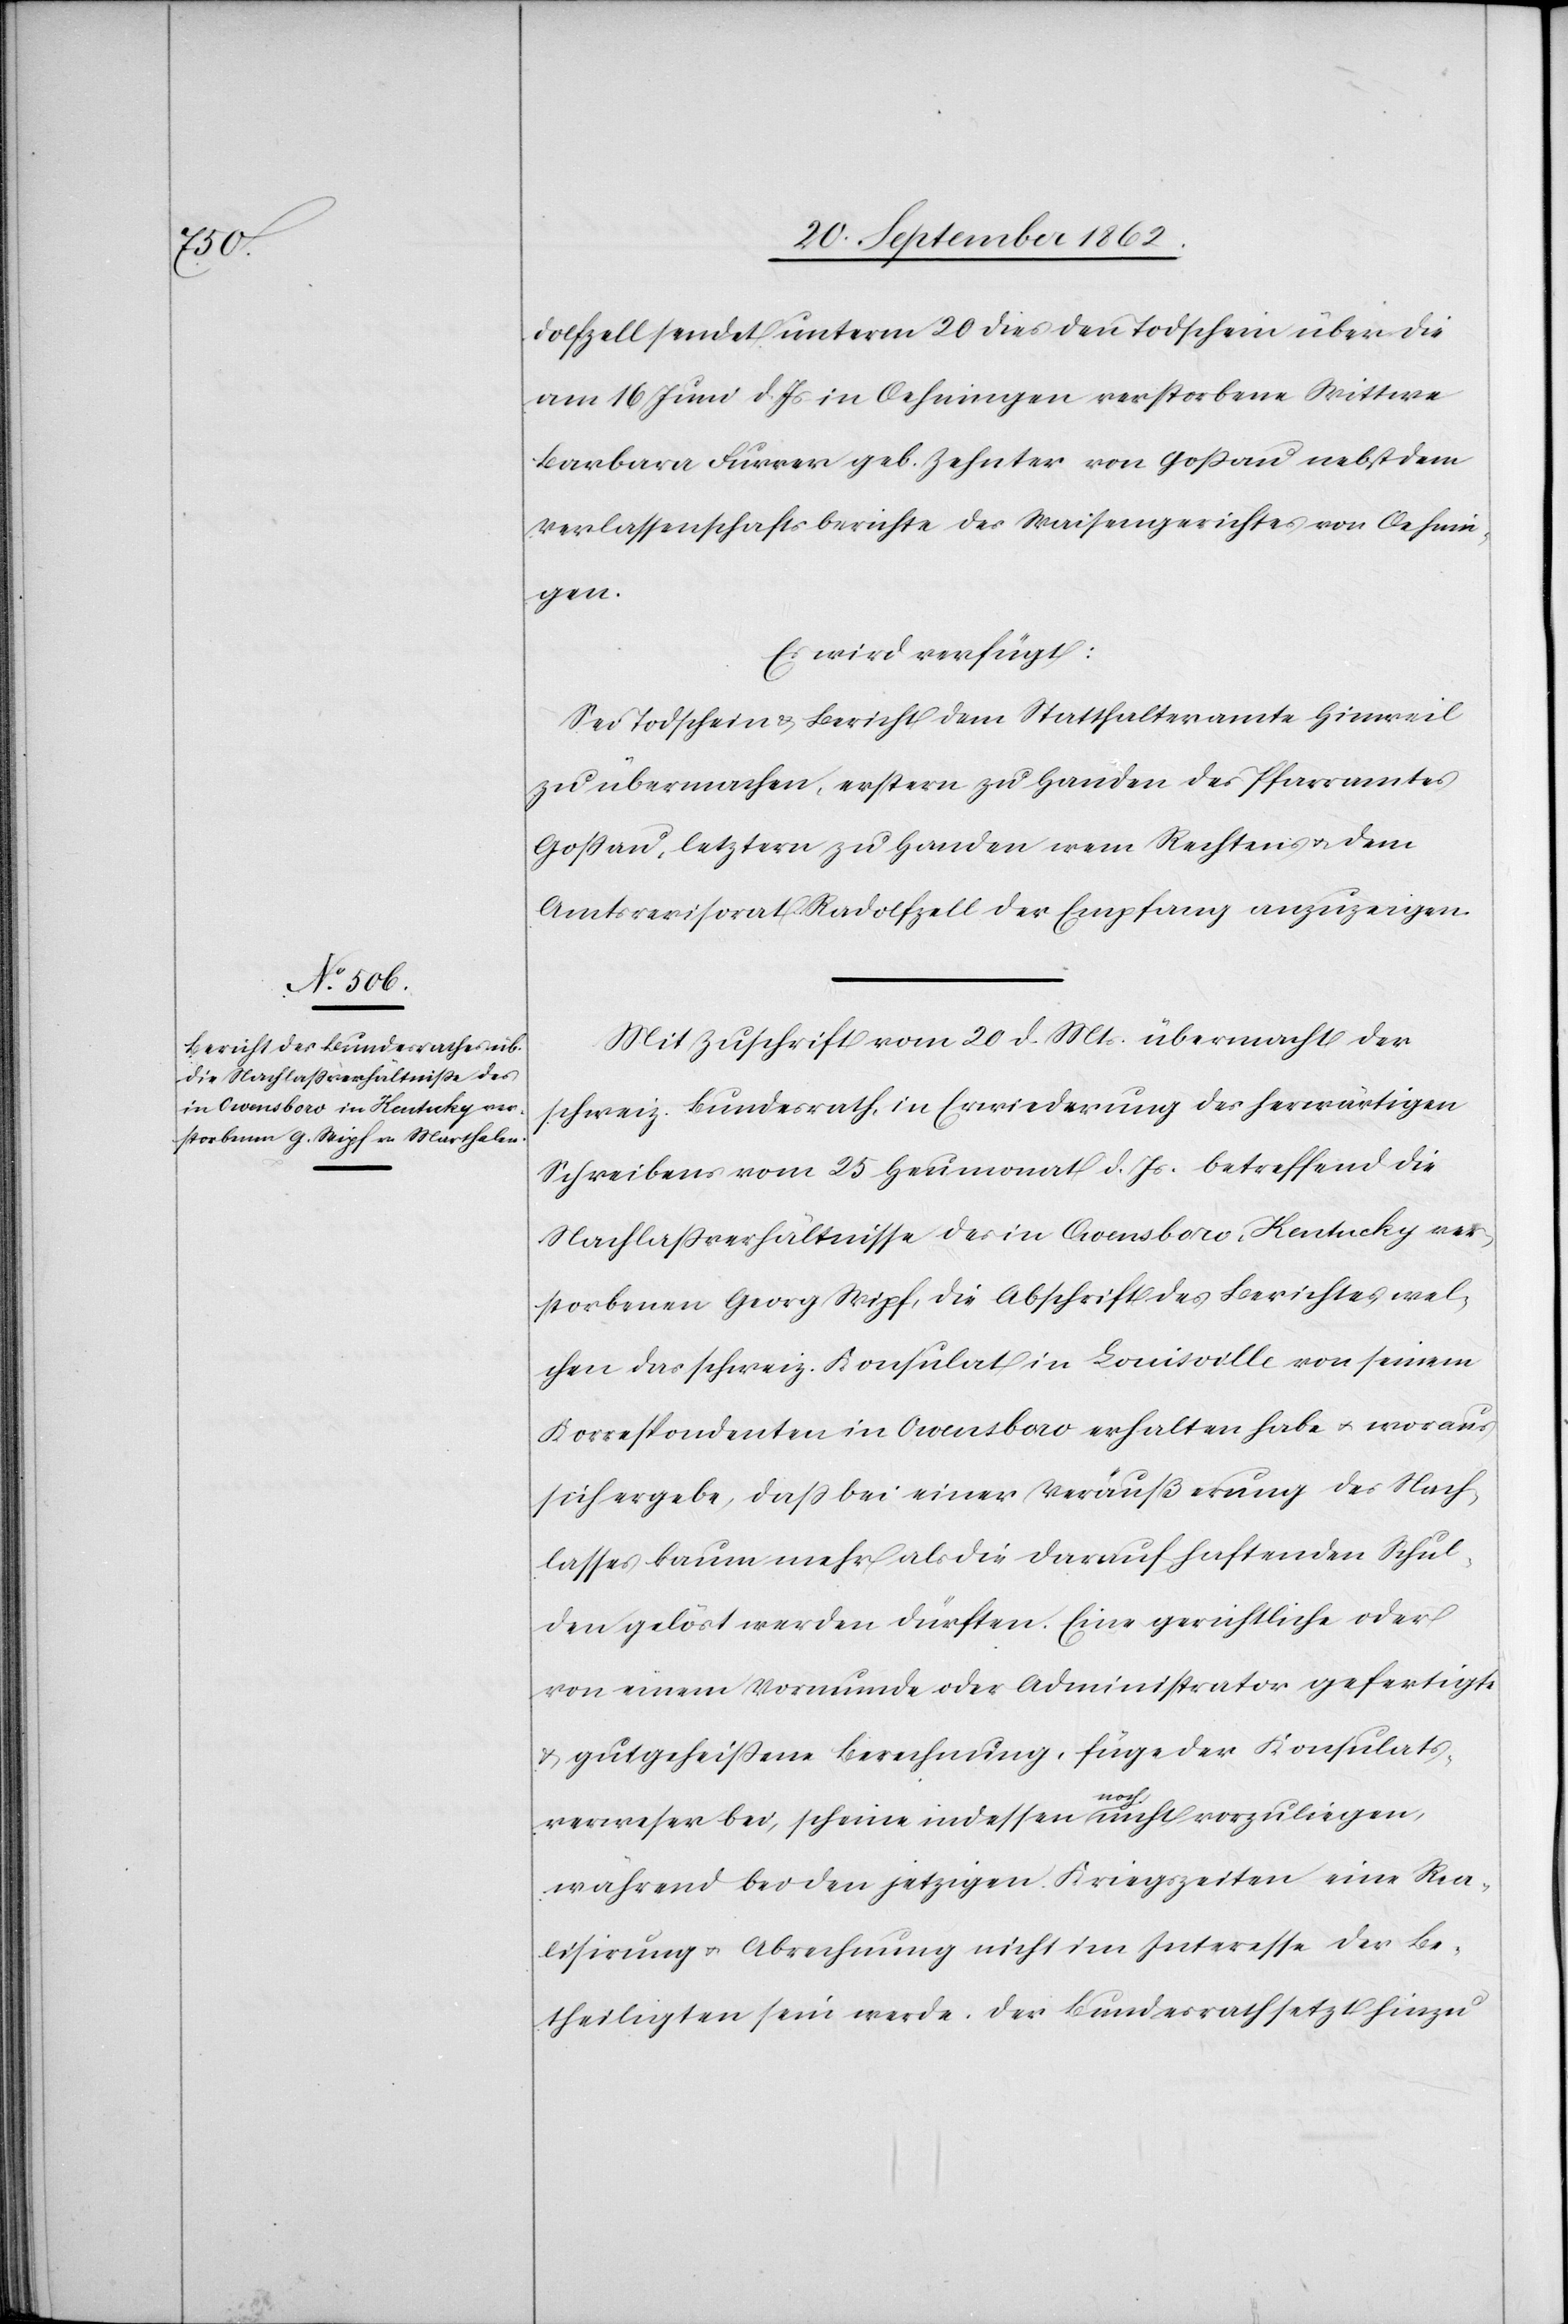
23. September 1862.]
dolfzell sendet unterm 20. dies den Todschein über die
am 16. Juni d. Js. in Oehningen verstorbene Wittwe
Barbara Furrer geb. Zehnter von Goßau nebst dem
Verlassenschaftsberichte des Waisengerichtes von Oehnin¬
gen.
Es wird verfügt:
Sei Todschein u. Bericht dem Statthalteramte Hinweil
zu übermachen, erstern zu Handen des Pfarramtes
Goßau, letztern zu Handen wem Rechtens u. dem
Amtsrevisorat Radolfzell der Empfang anzuzeigen.
Mit Zuschrift vom 20. d. Mts. übermacht der
schweiz. Bundesrath, in Erwiederung des herwärtigen
Schreibens vom 25. Heumonat d. Js. betreffend die
Nachlaßverhältnisse des in Owensboro-Kentucky ver¬
storbenen Georg Wipf, in Abschrift des Berichtes, wel¬
chen das schweiz. Konsulat in Louisville von seinem
Korrespondenten in Owensboro erhalten habe u. woraus
sich ergebe, daß bei einer Veräußerung des Nach¬
lasses kaum mehr als die darauf haftenden Schul¬
den gelöst werden dürften. Eine gerichtliche oder
von einem Vormunde oder Administrator gefertigte
u. gutgeheißene Berechnung, füge der Konsulats¬
den
verweser bei, scheine indessen noch nicht vorzuliegen,
während bei den jetzigen Kriegszeiten eine Rea¬
lisirung u. Abrechnung nicht im Interesse der Be¬
theiligten sein werde. Der Bundesrath setzt hinzu